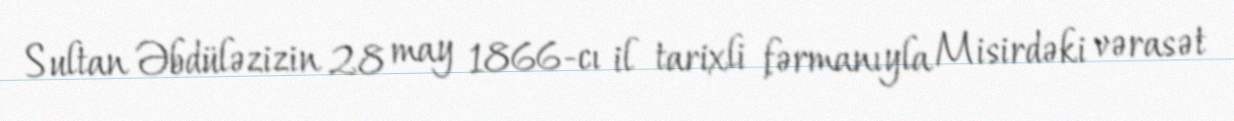
Sultan Əbdüləzizin 28 may 1866-cı il tarixli fərmanıyla Misirdəki vərasət